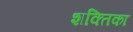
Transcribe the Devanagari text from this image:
शक्तिका